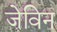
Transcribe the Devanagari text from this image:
जेविन